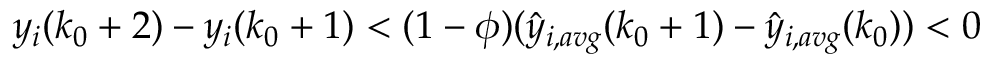
y _ { i } ( k _ { 0 } + 2 ) - y _ { i } ( k _ { 0 } + 1 ) < ( 1 - \phi ) ( \hat { y } _ { i , a v g } ( k _ { 0 } + 1 ) - \hat { y } _ { i , a v g } ( k _ { 0 } ) ) < 0